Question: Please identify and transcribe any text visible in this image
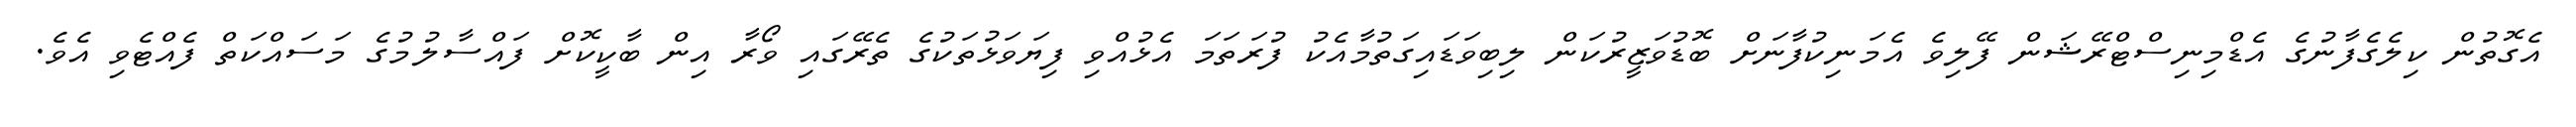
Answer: އެގޮތުން ކިލެގެފާނުގެ އެޑްމިނިސްޓްރޭޝަން ފޭލިވެ އެމަނިކުފާނަށް ބޮޑުވަޒީރުކަން ލިބިވަޑައިގަތުމާއެކު ފުރަތަމަ އެޅުއްވި ފިޔަވަޅުތަކުގެ ތެރޭގައި ވޯރާ އިން ބާކީކޮށް ފައްސާލުމުގެ މަސައްކަތް ފެއްޓެވި އެވެ.